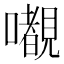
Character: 𭌎